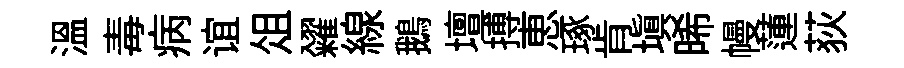
温毒病谊俎糴線鵝壇搏恵琢肯填晞幔蓮荻